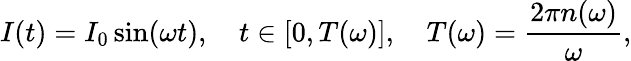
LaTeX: I(t)=I_{0}\sin(\omega t),\quad t\in[0,T(\omega)],\quad T(\omega)=\frac{2\pi n(\omega)}{\omega},